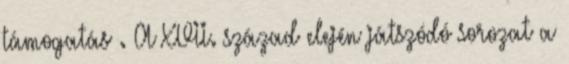
támogatás . A XVII. század elején játszódó sorozat a